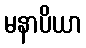
မနာပိယာ